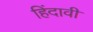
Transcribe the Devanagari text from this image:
हिंदावी